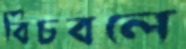
বিচবলে